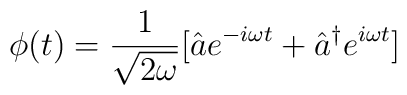
\phi (t) = \frac{1}{\sqrt{2\omega}}[\hat{a} e^{-i\omega t} +\hat{a}^{\dagger}e^{i\omega t}]